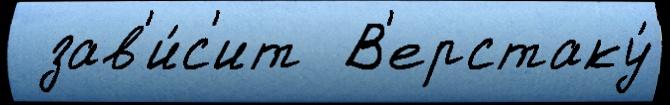
 зав'и́с'ит  В'ерстаку́